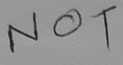
Text: NOT